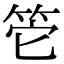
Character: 𥬌